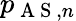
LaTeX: p_{\mathrm{~A~S~},n}